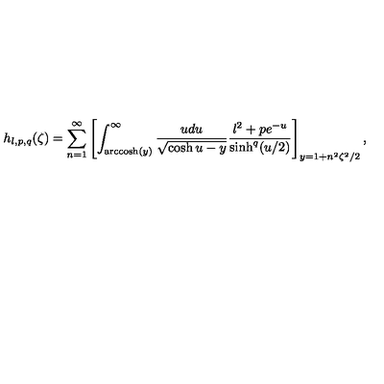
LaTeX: h _ { l , p , q } ( \zeta ) = \sum _ { n = 1 } ^ { \infty } \left[ \int _ { \mathrm { a r c c o s h } ( y ) } ^ { \infty } \frac { u d u } { \sqrt { \cosh u - y } } \frac { l ^ { 2 } + p e ^ { - u } } { \sinh ^ { q } ( u / 2 ) } \right] _ { y = 1 + n ^ { 2 } \zeta ^ { 2 } / 2 } ,